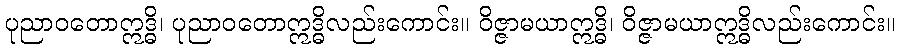
ပုညာဝတောဣဒ္ဓိ၊ ပုညာဝတောဣဒ္ဓိလည်းကောင်း။ ဝိဇ္ဇာမယာဣဒ္ဓိ၊ ဝိဇ္ဇာမယာဣဒ္ဓိလည်းကောင်း။